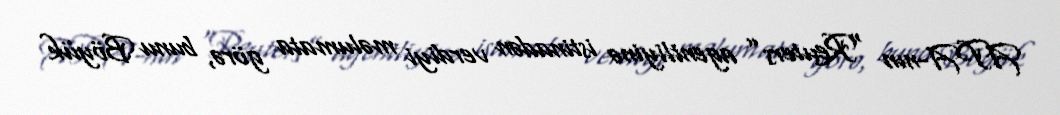
APA-nın “Reuters” agentliyinə istinadən verdiyi məlumata görə, bunu Böyük